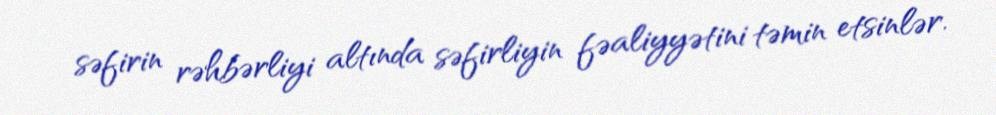
səfirin rəhbərliyi altında səfirliyin fəaliyyətini təmin etsinlər.